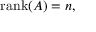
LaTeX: { \mathrm { r a n k } } ( A ) = n ,